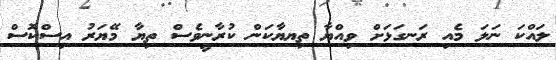
ލައްކަ ނަލަ މެއި ރަނގަޅަށް ވިއްޔާ ތިޔޔާކަން ކުރާނީވެސް ތިޔާ މޭޔަރު އިސްކޮސް